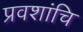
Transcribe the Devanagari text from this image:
प्रवशांचि